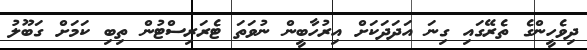
ދިވެހީންގެ ތެރޭގައި ގިނަ އަދަދަކަށް އިރުހާބީން ނުވަތަ ޓެރަރިސްޓުން ތިބި ކަމަށް ގަބޫލު